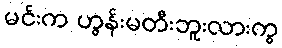
မင်းက ဟွန်းမတီးဘူးလားကွ